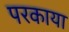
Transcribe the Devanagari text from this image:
परकाया